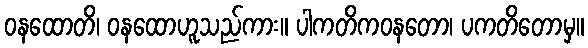
ဝနထောတိ၊ ဝနထောဟူသည်ကား။ ပါကတိကဝနတော၊ ပကတိတောမှ။